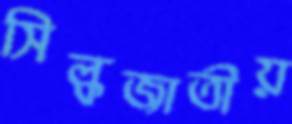
সিল্কজাতীয়